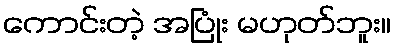
ကောင်းတဲ့ အပြုံး မဟုတ်ဘူး။